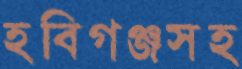
হবিগঞ্জসহ